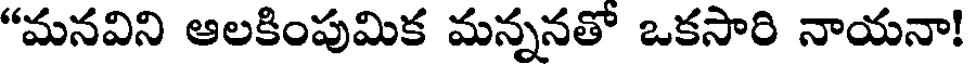
"మనవిని ఆలకింపుమిక మన్ననతో ఒకసారి నాయనా!